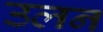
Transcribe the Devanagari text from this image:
उलन